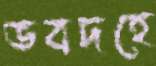
ভবদহে